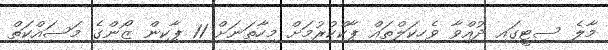
މާލެ ސިޓީގައި ދުއްވާ ވެހިކަލްތައް ޕާކްކުރުމަށް މިހާތަނަށް 11 ޕާކިން ޒޯންގެ މަސައްކަތް